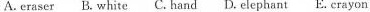
A.eraser B.white C.hand D.elephant E.crayon